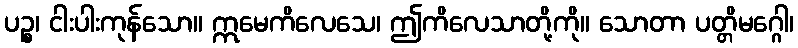
ပဉ္စ၊ ငါးပါးကုန်သော။ ဣမေကိလေသေ၊ ဤကိလေသာတို့ကို။ သောတာ ပတ္တိမဂ္ဂေါ၊